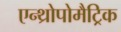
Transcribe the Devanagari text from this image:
एन्थ्रोपोमैट्रिक